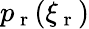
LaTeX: p_{\mathrm{~r~}}(\xi_{\mathrm{~r~}})